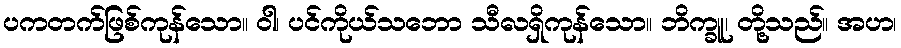
ပကတက်ဖြစ်ကုန်သော။ ဝါ၊ ပင်ကိုယ်သဘော သီလရှိကုန်သော။ ဘိက္ခူ၊ တို့သည်။ အဟ၊